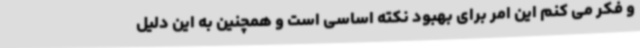
و فکر می کنم این امر برای بهبود نکته اساسی است و همچنین به این دلیل